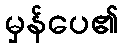
မှန်ပေ၏